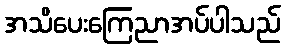
အသိပေးကြေညာအပ်ပါသည်